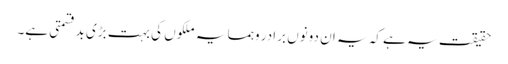
حقیقت یہ ہے کہ یہ ان دونوں برادر وہمسایہ ملکوں کی بہت بڑی بدقسمتی ہے۔